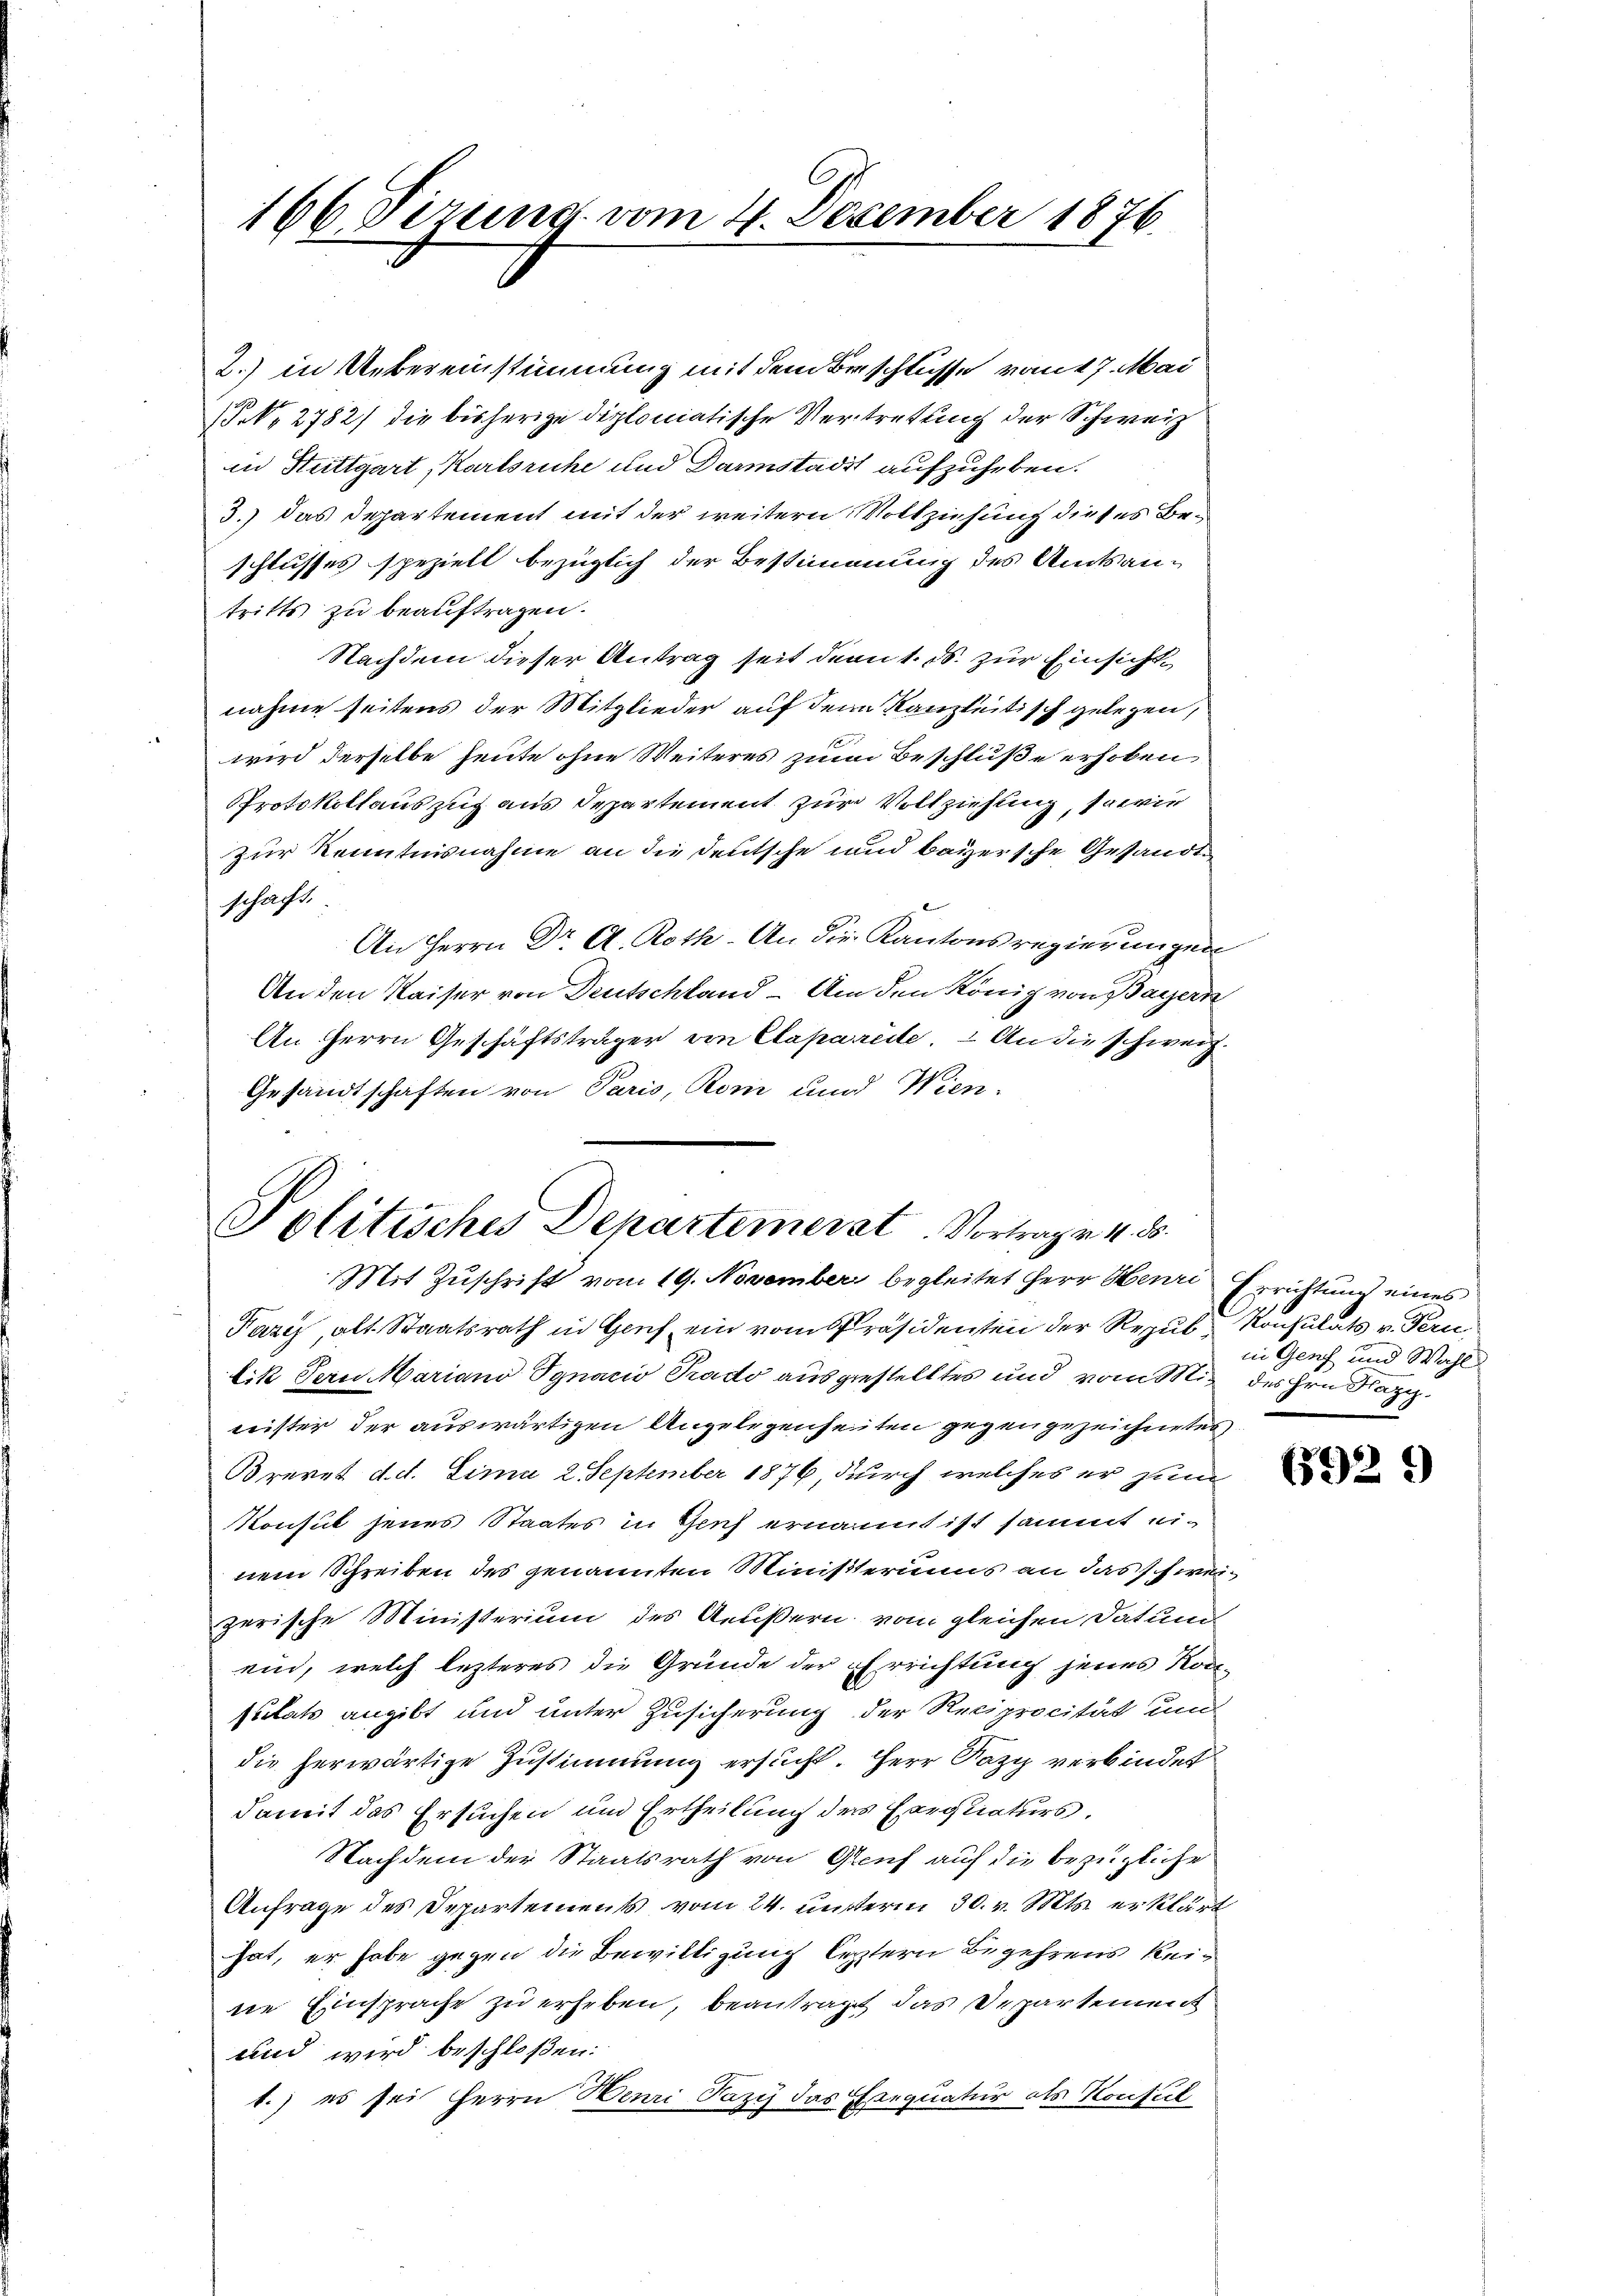
166 Tizung vom 4. Dezember 1876.

2.) in Uebereinstimmung mit dem Beschlüsse vom 27. Mai
P.N. 2782) die bisherige diplomatische Vertretung der Schweiz
in Stuttgart, Karlsruhe und Darmstadt aufzuheben.
3.) das Departement mit der weitern Vollziehung dieses Beschlusses speziell bezüglich der Bestimmung des Amtsantritts zu beauftragen.
Nachdem dieser Antrag seit den 1. ds. zur Einsichtnahme seitens der Mitglieder auf dem Kanzleitisch gelegen,
wird derselbe heute ohne Weiteres zum Beschluße erhoben
Protokollauszug aus Departement zur Vollziehung, sowie
zur Kenntnisnahme an die Deutsche und bayersche Gesandte
schaft.
An Herrn Dr A. Roth. An die Kantonsregierungen
An den Kaiser von Deutschland. Um den König von Bayern
An Herrn Geschäftsträger von Caparite. An die schweiz.
Gesandtschaften von Paris, Rom und Wien-

Politisches Departemerat Vortrag v. 4. d.
Mit Zuschrift vom 19. November begleitet Herr Henri Errichtung eines

Paris, alt. Staatsrath in Genf, ein vom Präsidenten der Regul Konsulats v. Fern
lik Bern Mariano Pynacio Prado ausgestelltes und vom Mit des Hrn. Nazi¬
Leister der auswärtigen Angelegenheiten gegen gezeichneten
Brevet d. d. Sima 2 September 1876, durch welches er zum
Konsul jenes Staates in Teich ernannt ist sammt einem Schreiben des genannten Ministeriums an das Ich weizerische Ministerium des Aeußern vom gleichen Datum
ein, welch lezteres die Gründe der Errichtung jenes Kodi-
sulats angibt und unter Zusicherung der Reciprocität um
die herwärtige Zustimmung ersucht. Herr Razy verbindet
damit des Ersuchen und Ertheilung der Exequaturs.
Nachdem der Staatsrath von Genf auf die bezügliche
Anfrage des Departements vom 24. unterm 30. v. Mts. erklärt
hat, er habe gegen die Bewilligung letztern Begehrens keine Einsprache zu erheben, beantragt das Departement
und wird beschloßen:
t.) es sei Herrn Henri Pazy das Exequatur als Konfiel

in Genf und Wahl

572

d